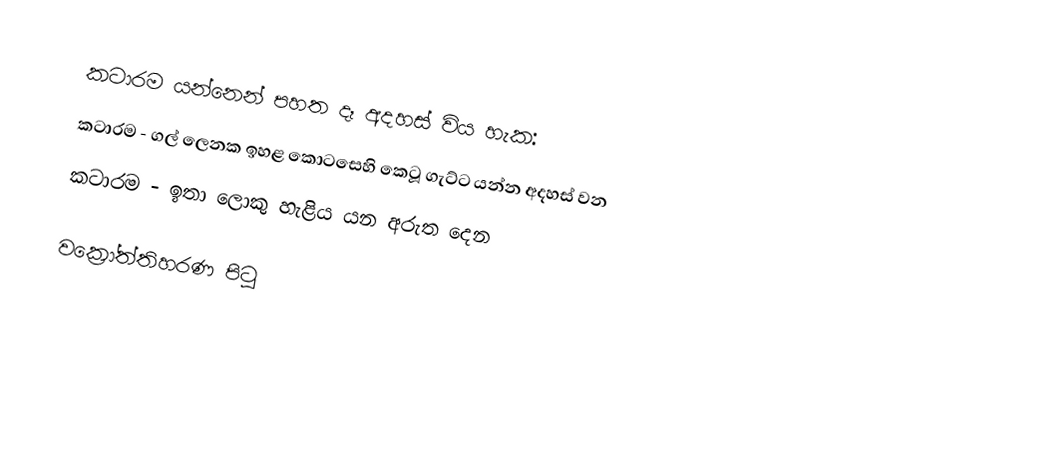
කටාරම යන්නෙන් පහත දෑ අදහස් විය හැක:
 කටාරම - ගල් ලෙනක ඉහළ කොටසෙහි කෙටූ ගැට්ට යන්න අදහස් වන
 කටාරම - ඉතා ලොකු හැළිය යන අරුත දෙන

වක්‍රෝත්තිහරණ පිටු